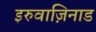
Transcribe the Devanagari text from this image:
इरुवाज़िनाड